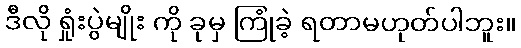
ဒီလို ရှုံးပွဲမျိုး ကို ခုမှ ကြုံခဲ့ ရတာမဟုတ်ပါဘူး။